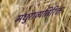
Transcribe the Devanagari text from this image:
मधुराव्यतिरिक्त